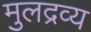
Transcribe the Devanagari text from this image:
मुलद्रव्य